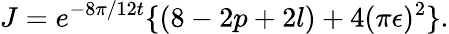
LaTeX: J=e^{-8\pi/12t}\{ (8-2p+2l)+4(\pi\epsilon)^{2}\} .